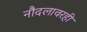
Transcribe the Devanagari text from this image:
नौदलावरही